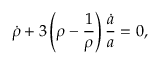
\dot { \rho } + 3 \left( \rho - \frac 1 { \rho } \right) \frac { \dot { a } } { a } = 0 ,